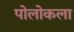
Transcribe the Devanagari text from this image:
पोलोकला